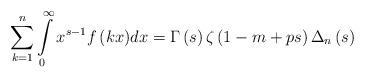
LaTeX: \begin{align*}\sum\limits_{k = 1}^n {\int\limits_0^\infty {{x^{s - 1}}f\left( {kx} \right)} } dx = \Gamma \left( s \right)\zeta \left( {1 - m + ps} \right){\Delta _n}\left( s \right) \end{align*}